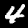
Label: 4